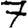
Digit: 7